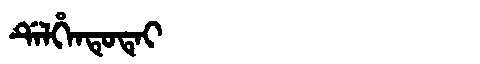
Manchu: ᡩᡝᠯᡥᡝᠨᡨᡠᡨᡝᡳ
Romanization: DELHENTUTEI